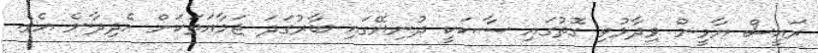
ރައީސް ޔާމީން ވިދާޅުވި ގޮތުގަައި ސާކަކީ ދުނިޔޭގައި ބާރުގަދަ ޖަމާއަތަކަށް ހެދިދާނެ އެވެ.